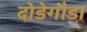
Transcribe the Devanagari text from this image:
दोडेगौडा